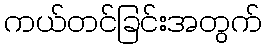
ကယ်တင်ခြင်းအတွက်